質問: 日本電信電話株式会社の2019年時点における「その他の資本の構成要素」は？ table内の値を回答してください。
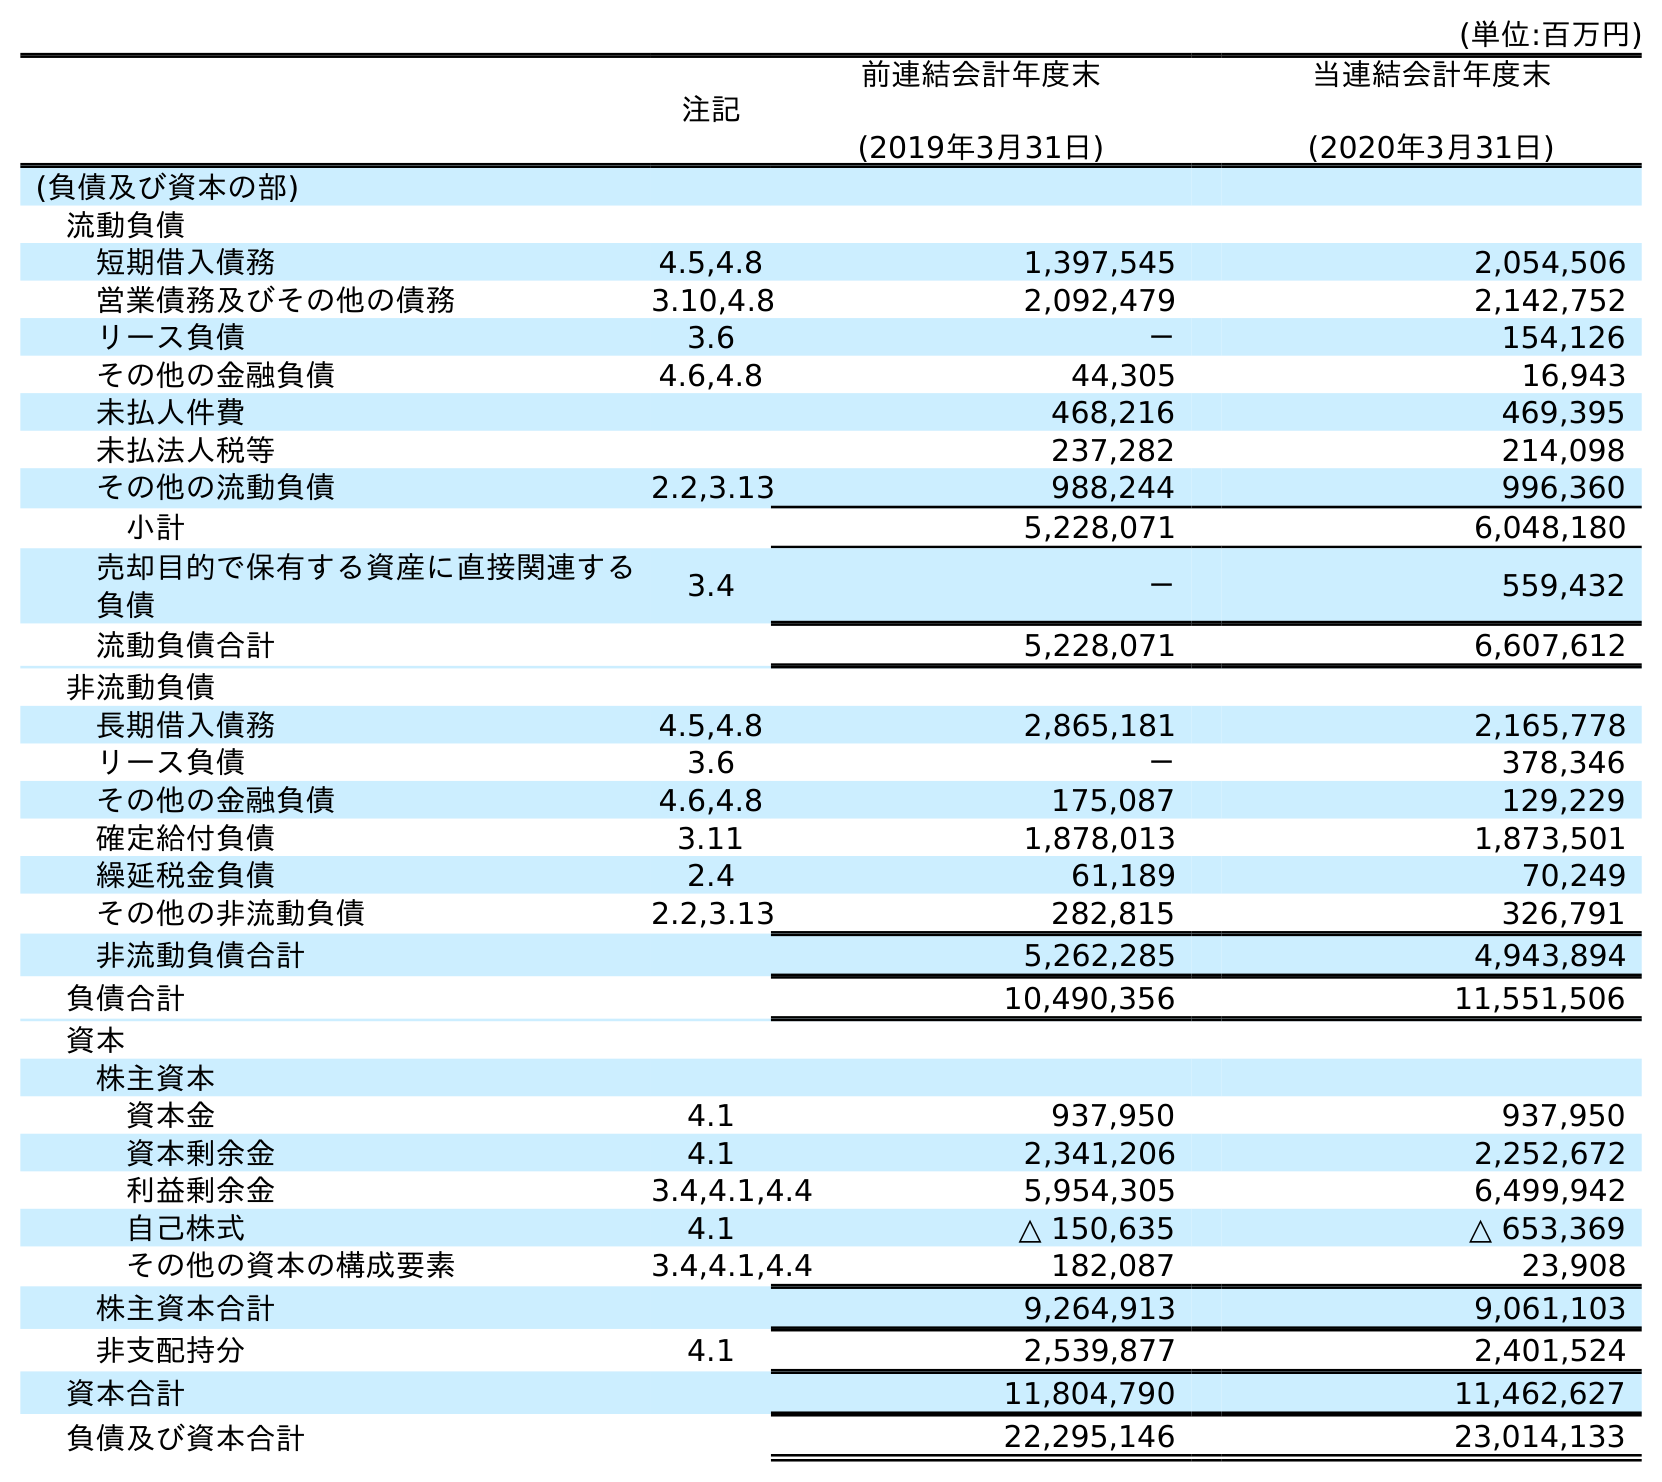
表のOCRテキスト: (単位:百万円) 注記 前連結会計年度末 (2019年3月31日) 当連結会計年度末 (2020年3月31日) (負債及び資本の部) 流動負債 短期借入債務 4.5,4.8 1,397,545 2,054,506 営業債務及びその他の債務 3.10,4.8 2,092,479 2,142,752 リース負債 3.6 － 154,126 その他の金融負債 4.6,4.8 44,305 16,943 未払人件費 468,216 469,395 未払法人税等 237,282 214,098 その他の流動負債 2.2,3.13 988,244 996,360 小計 5,228,071 6,048,180 売却目的で保有する資産に直接関連する 負債 3.4 － 559,432 流動負債合計 5,228,071 6,607,612 非流動負債 長期借入債務 4.5,4.8 2,865,181 2,165,778 リース負債 3.6 － 378,346 その他の金融負債 4.6,4.8 175,087 129,229 確定給付負債 3.11 1,878,013 1,873,501 繰延税金負債 2.4 61,189 70,249 その他の非流動負債 2.2,3.13 282,815 326,791 非流動負債合計 5,262,285 4,943,894 負債合計 10,490,356 11,551,506 資本 株主資本 資本金 4.1 937,950 937,950 資本剰余金 4.1 2,341,206 2,252,672 利益剰余金 3.4,4.1,4.4 5,954,305 6,499,942 自己株式 4.1 △ 150,635 △ 653,369 その他の資本の構成要素 3.4,4.1,4.4 182,087 23,908 株主資本合計 9,264,913 9,061,103 非支配持分 4.1 2,539,877 2,401,524 資本合計 11,804,790 11,462,627 負債及び資本合計 22,295,146 23,014,133
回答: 182,087